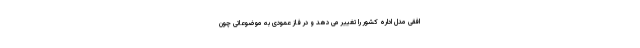
افقی مدل اداره کشور را تغییر می دهد و در فاز عمودی به موضوعاتی چون